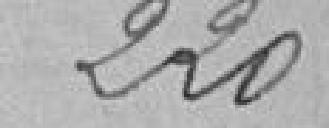
220